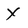
Character: X